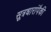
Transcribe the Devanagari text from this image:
सूत्रधारांपैकी